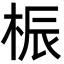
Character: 桭